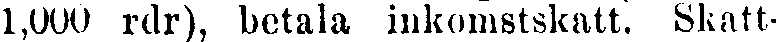
1,000 rdr), betala inkomstskatt. Skatt-